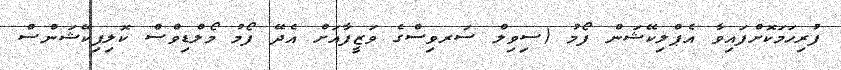
ފުރިހަމަކޮށްފައިވާ އެޕްލިކޭޝަން ފޯމު (ސިވިލް ސަރވިސްގެ ވަޒީފާއަށް އެދޭ ފޯމު މޯލްޑިވްސް ކޮލިފިކޭޝަންސް